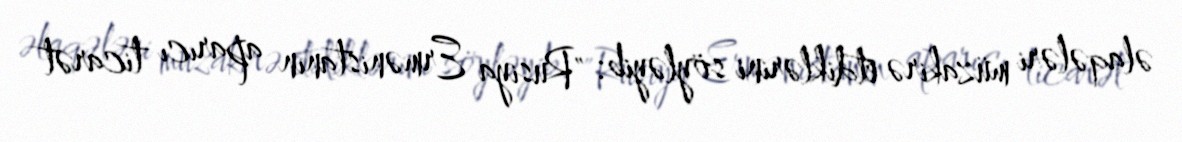
əlaqələri müzakirə etdiklərini söyləyib: "Rusiya Ermənistanın aparıcı ticarət